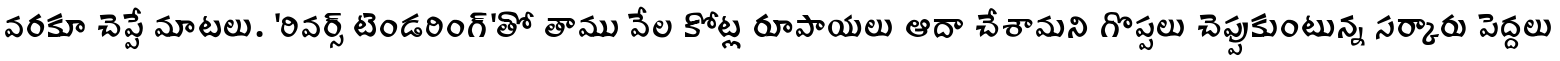
వరకూ చెప్పే మాటలు. 'రివర్స్ టెండరింగ్'తో తాము వేల కోట్ల రూపాయలు ఆదా చేశామని గొప్పలు చెప్పుకుంటున్న సర్కారు పెద్దలు